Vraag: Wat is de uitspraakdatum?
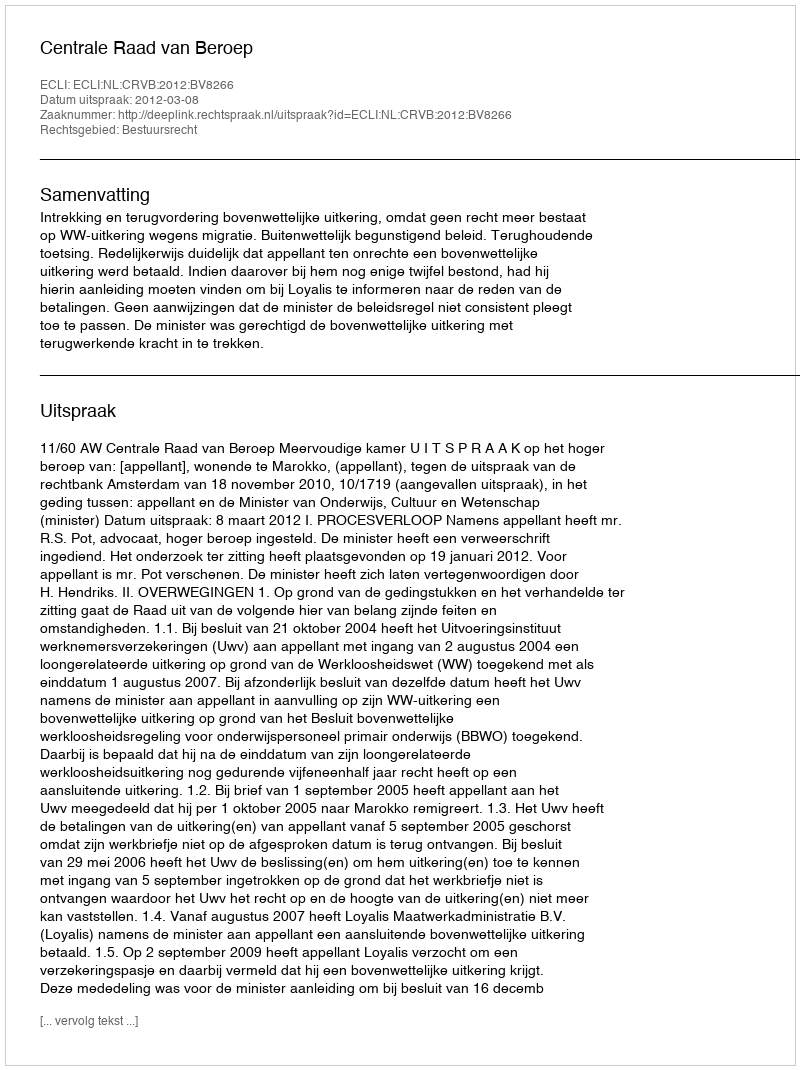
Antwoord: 2012-03-08